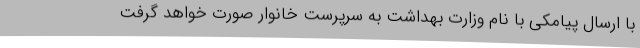
با ارسال پیامکی با نام وزارت بهداشت به سرپرست خانوار صورت خواهد گرفت